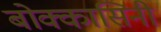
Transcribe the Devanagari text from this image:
बोक्कासिनी